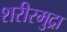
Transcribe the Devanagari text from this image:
शरीरमुद्रा